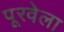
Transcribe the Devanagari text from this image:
पूरवेला